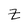
Character: Z